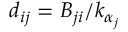
d _ { i j } = B _ { j i } / { k _ { \alpha _ { j } } }